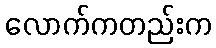
လောက်ကတည်းက